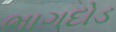
ભાગદોડ